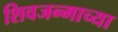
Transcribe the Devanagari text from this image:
शिवजन्माच्या